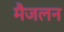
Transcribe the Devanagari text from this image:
मैजलन